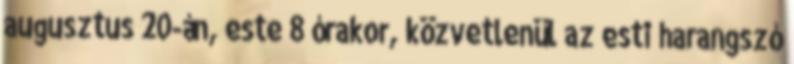
augusztus 20-án, este 8 órakor, közvetlenül az esti harangszó